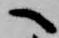
へ